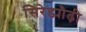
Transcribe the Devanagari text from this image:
सिरेड्यौढ़ी